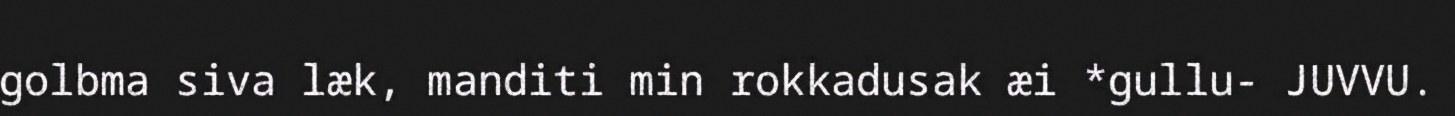
golbma siva læk, manditi min rokkadusak æi *gullu- JUVVU.